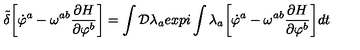
{ \tilde { \delta } } \biggl [ { \dot { \varphi } } ^ { a } - \omega ^ { a b } { \frac { \partial H } { \partial \varphi ^ { b } } } \biggr ] = \int { \cal D } \lambda _ { a } e x p i \int \lambda _ { a } \biggl [ { \dot { \varphi } } ^ { a } - \omega ^ { a b } { \frac { \partial H } { \partial \varphi ^ { b } } } \biggr ] d t